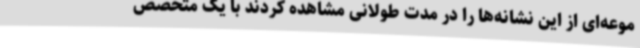
موعه‌ای از این نشانه‌ها را در مدت طولانی مشاهده کردند با یک متخصص